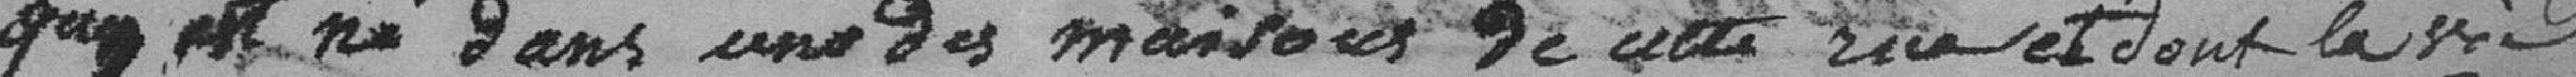
qui est né dans une des maisons de cette rue et dont la vie